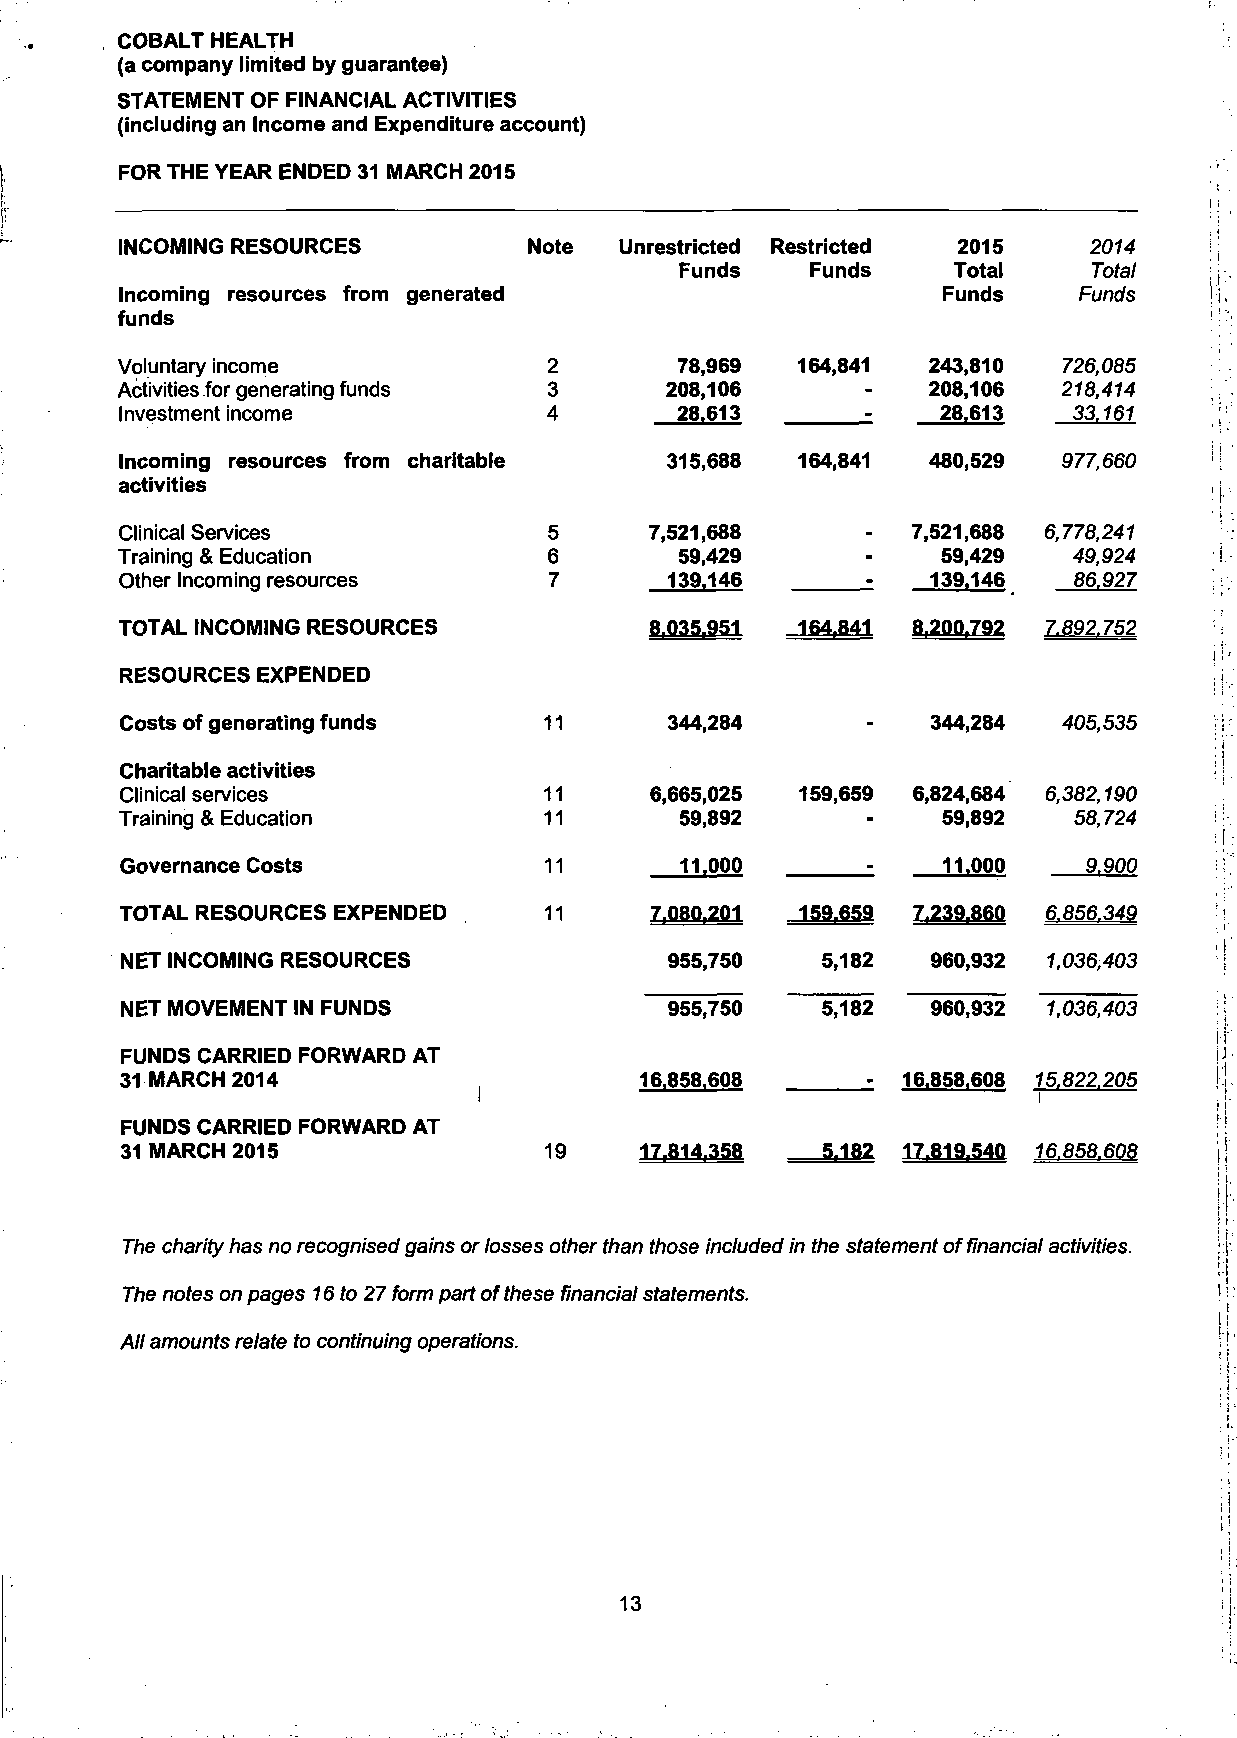
COBALT HEALTH
 (a company limited by guarantee)
 STATEMENT OF FINANCIAL ACTIVITIES
 (including an Income and Expenditure account)
 FOR THE YEAR ENDED 31 MARCH 2015
 INCOMING RESOURCES         Note  Unrestricted Restricted 2015   2014
 Funds    Funds    Total    Total
 Incoming resources from generated                     Funds    Funds
 funds
 Voluntary income            2        78,969  164,841 243,810  726,085
 Activities for generating funds 3   208,106          208,106  218,414
 Investment income           4        28.613           28.613   33.161
 Incoming resources from charitable  315,688  164,841 480,529  977,660
 activities
 Clinical Services           5      7,521,688        7,521,688 6,778,241
 Training & Education        6        59,429      -    59,429   49,924
 Other Incoming resources    7       139.146           139.146  86.927
 TOTAL INCOMING RESOURCES           8.035.951 164.841 8.200.792 7.892.752
 RESOURCES EXPENDED
 Costs of generating funds   11      344,284      -    344,284 405,535
 Charitable activities
 Clinical services           11     6,665,025 159,659 6,824,684 6,382,190
 Training & Education        11       59,892           59,892   58,724
 Governance Costs            11       11.000           11.000    9.900
 TOTAL RESOURCES EXPENDED    11     7.080.201 159.659 7.239.860 6.856.349
 NET INCOMING RESOURCES              955,750   5,182   960,932 1,036,403
 NET MOVEMENT IN FUNDS               955,750   5,182   960,932 1,036,403
 FUNDS CARRIED FORWARD AT
 31 MARCH 2014                     16.858.608        16.858.608 15.822.205
 I
 FUNDS CARRIED FORWARD AT
 31 MARCH 2015               19    17.814.358  5.182 17.819.540 16.858.608
 The charity has no recognised gains or losses other than those included in the statement of financial activities.
 The notes on pages 16 to 27 form part of these financial statements.
 All amounts relate to continuing operations.
 13